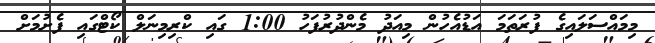
މިމައްސަލައިގެ ފުރަތަމަ އަޑުއެހުން މިއަދު މެންދުރުފަހު 1:00 ގައި ކްރިމިނަލް ކޯޓްގައި ފެށުމަށް